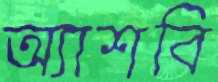
অ্যাশবি